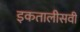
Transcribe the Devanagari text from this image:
इकतालीसवीं